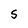
Character: S